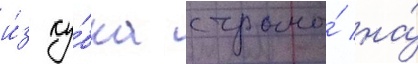
и́з ку́бка страны́ на́